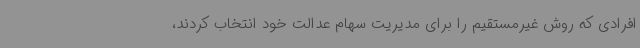
افرادی که روش غیرمستقیم را برای مدیریت سهام عدالت خود انتخاب کردند،